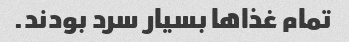
تمام غذاها بسیار سرد بودند.